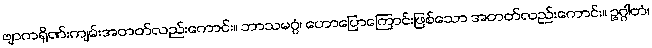
ဗျာကရိုဏ်းကျမ်းအတတ်လည်းကောင်း။ ဘာသမဂ္ဂံ၊ ဟောပြောကြောင်းဖြစ်သော အတတ်လည်းကောင်း။ ဥဂ္ဂါတံ၊